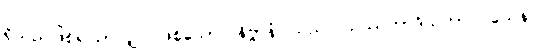
ရှိသည်ဖြစ်၍သာလျှင် ဖြစ်သော။ နိဗ္ဗာနံ၊ သည်။ သဿတာဒိသဘာဝဝသေန၊